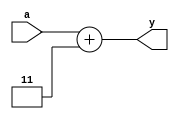
`timescale 1ns / 1ps
//////////////////////////////////////////////////////////////////////////////////
// Company: 
// Engineer: 
// 
// Design Name: 
// Module Name: binary_to_excess_3_with_tb
// Project Name: 
// Target Devices: 
// Tool Versions: 
// Description: 
// 
// Dependencies: 
// 
// Revision:
// Revision 0.01 - File Created
// Additional Comments:
// 
//////////////////////////////////////////////////////////////////////////////////


module binary_to_excess_3_with_tb(
    input [3:0] a,
    output reg [4:0] y
    );
    
    always@(*)
    begin
    y={1'b0,a}+5'b00011;
    end
endmodule